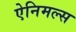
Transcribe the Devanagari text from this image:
ऐनिमल्स